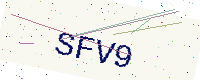
Text: SFV9